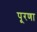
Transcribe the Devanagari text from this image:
पूरणा